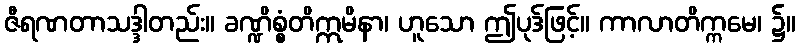
ဇီရဏတာသဒ္ဒါတည်း။ ခဏ္ဍိစ္စံတိဣမိနာ၊ ဟူသော ဤပုဒ်ဖြင့်။ ကာလာတိက္ကမေ၊ ၌။